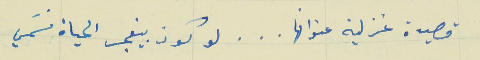
قصيدة غزلية عنوانها   .   .   .   لو كون بيفجر الحياة نسَمي